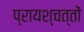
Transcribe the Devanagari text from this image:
प्रायश्चत्तों